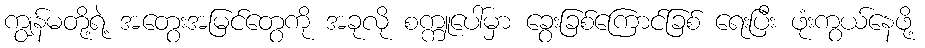
ကျွန်မတို့ရဲ့ အတွေးအမြင်တွေကို အခုလို စက္ကူပေါ်မှာ ခွေးခြစ်ကြောင်ခြစ် ရေးပြီး ဖုံးကွယ်နေဖို့